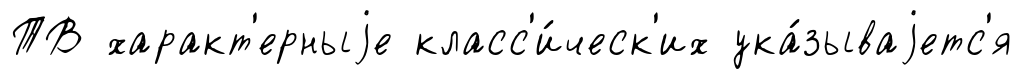
ТВ характ'ерныjе класс'и́ческ'их ука́зываjетс'я